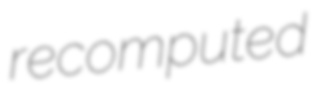
recomputed